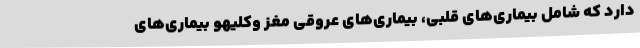
دارد که شامل بیماری‌های قلبی، بیماری‌های عروقی مغز وکلیهو بیماری‌های